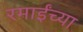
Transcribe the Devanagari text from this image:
रमाईंच्या